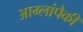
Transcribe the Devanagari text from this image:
आम्लांपैकी